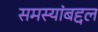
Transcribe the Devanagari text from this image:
समस्यांबद्दल